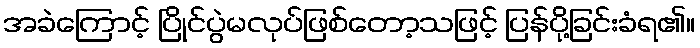
အခဲကြောင့် ပြိုင်ပွဲမလုပ်ဖြစ်တော့သဖြင့် ပြန်ပို့ခြင်းခံရ၏။